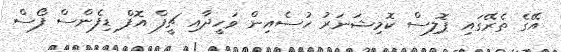
އޭގެ ތެރޭގައި ޕޮލިސް ކޮމިޝަނަރު ހުސެއިން ވަހީދާއި ޗީފް އޮފް ޑިފެންސް ފޯސް